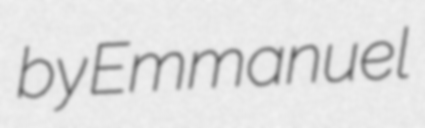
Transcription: by Emmanuel